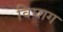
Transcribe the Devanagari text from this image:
विघाग